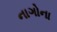
નાગોના